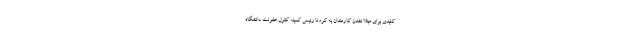
کلیدی برای مبتلا نشدن کارمندان به کرونا رئیس کمیته کنترل عفونت دانشگاه